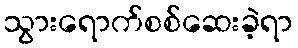
သွားရောက်စစ်ဆေးခဲ့ရာ